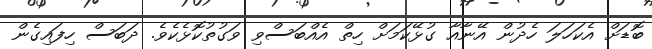
ބޮޑަށް އެކަހަލަ ހެދުން އޭނާއާ ގުޅޭކަމަށް ހިތް އެއްބަސްވި ވަގުތުކޮޅެކެވެ. ދަބަސް ހިފައިގެން